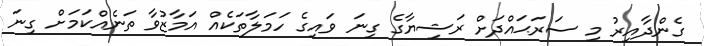
ގެންދާއިރު މި ސަރަޙައްދަށް ރަޝިޔާގެ ގިނަ ވައިގެ ހަމަލާތަކެއް އަމާޒުވާ ތަނެއްކަމަށް ގިނަ